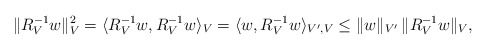
\begin{align*} \|R_V^{-1}w\|_V^2 = \langle R_V^{-1}w,R_V^{-1}w\rangle_V = \langle w,R_V^{-1}w\rangle_{V',V} \le \|w\|_{V'}\,\|R_V^{-1}w\|_V,\end{align*}